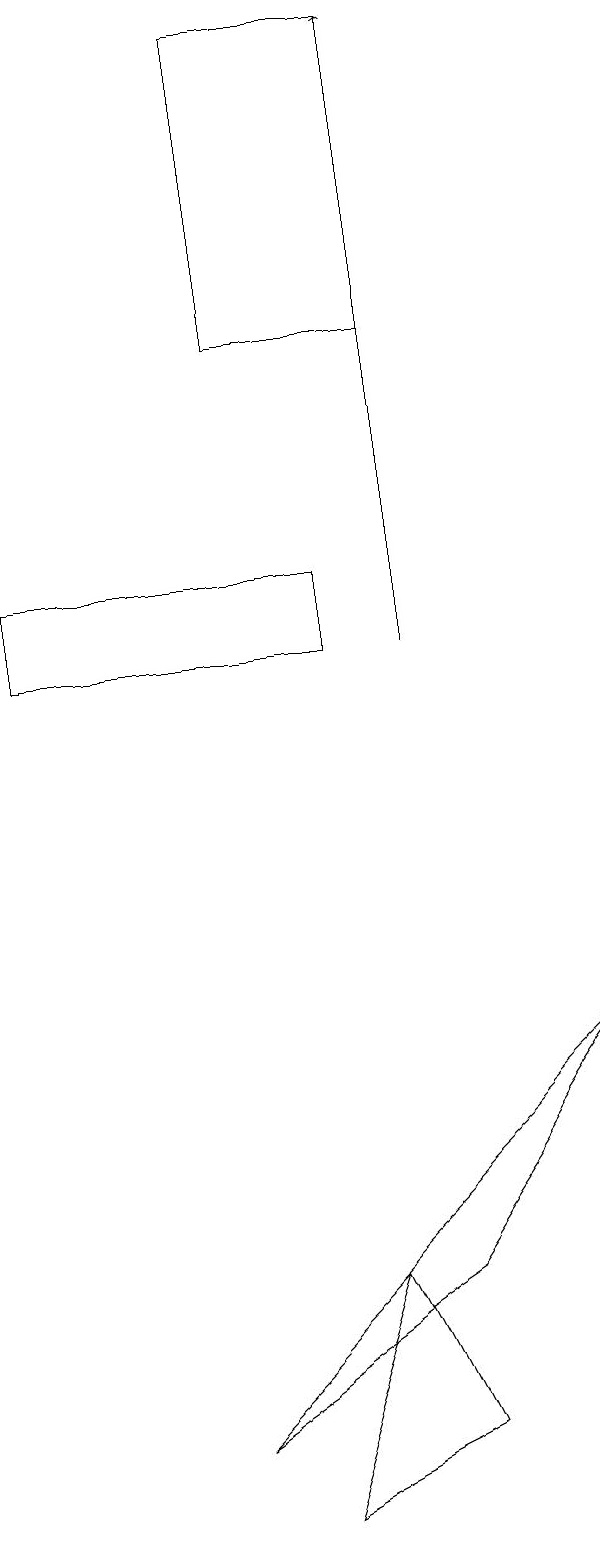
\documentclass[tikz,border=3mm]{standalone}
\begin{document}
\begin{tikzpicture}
\draw[->] (1,16) -- (1,16);
\draw (8,6) -- (3,1) -- (6,3) -- cycle;
\draw[->] (6,11) -- (6,19);
\draw (5,12) rectangle (1,11);
\draw (4,0) -- (5,3) -- (6,1) -- cycle;
\draw (4,19) rectangle (6,15);
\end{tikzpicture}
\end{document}